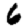
Digit: 6